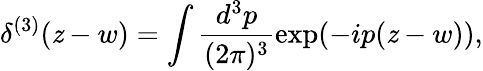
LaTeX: \delta^{(3)}(\mathit{z}-w)=\int\frac{{d^{3}p}}{{(2\pi)^{3}}}\exp(-ip(\mathit{z}-w)),